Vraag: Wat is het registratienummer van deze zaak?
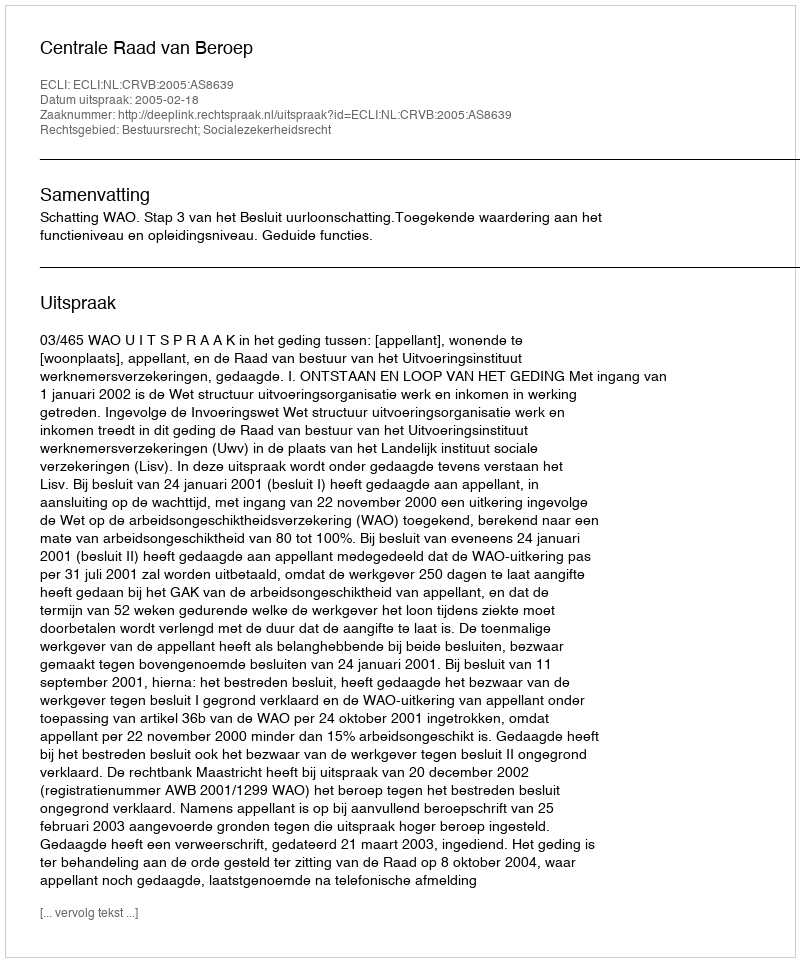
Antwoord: http://deeplink.rechtspraak.nl/uitspraak?id=ECLI:NL:CRVB:2005:AS8639